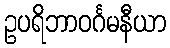
ဥပရိဘာဝင်္ဂမနီယာ